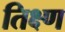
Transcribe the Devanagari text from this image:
तिक्ष्ण